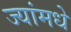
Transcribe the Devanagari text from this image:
ज्यांमधे